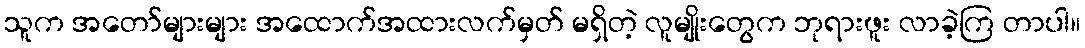
သူက အတော်များများ အထောက်အထားလက်မှတ် မရှိတဲ့ လူမျိုးတွေက ဘုရားဖူး လာခဲ့ကြ တာပါ။